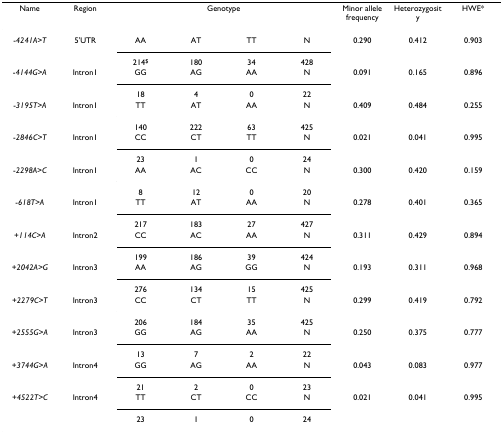
<table><thead><tr><td><b>Name</b></td><td><b>Region</b></td><td colspan="4"><b>Genotype</b></td><td><b>Minor allele frequency</b></td><td><b>Heterozygosity</b></td><td><b>HWE*</b></td></tr></thead><tbody><tr><td>-<i>4241A&gt;T</i></td><td>5&#x27;UTR</td><td>AA</td><td>AT</td><td>TT</td><td>N</td><td>0.290</td><td>0.412</td><td>0.903</td></tr><tr><td></td><td></td><td>214<sup>$</sup></td><td>180</td><td>34</td><td>428</td><td></td><td></td><td></td></tr><tr><td>-<i>4144G&gt;A</i></td><td>Intron1</td><td>GG</td><td>AG</td><td>AA</td><td>N</td><td>0.091</td><td>0.165</td><td>0.896</td></tr><tr><td></td><td></td><td>18</td><td>4</td><td>0</td><td>22</td><td></td><td></td><td></td></tr><tr><td>-<i>3195T&gt;A</i></td><td>Intron1</td><td>TT</td><td>AT</td><td>AA</td><td>N</td><td>0.409</td><td>0.484</td><td>0.255</td></tr><tr><td></td><td></td><td>140</td><td>222</td><td>63</td><td>425</td><td></td><td></td><td></td></tr><tr><td>-<i>2846C&gt;T</i></td><td>Intron1</td><td>CC</td><td>CT</td><td>TT</td><td>N</td><td>0.021</td><td>0.041</td><td>0.995</td></tr><tr><td></td><td></td><td>23</td><td>1</td><td>0</td><td>24</td><td></td><td></td><td></td></tr><tr><td>-<i>2298A&gt;C</i></td><td>Intron1</td><td>AA</td><td>AC</td><td>CC</td><td>N</td><td>0.300</td><td>0.420</td><td>0.159</td></tr><tr><td></td><td></td><td>8</td><td>12</td><td>0</td><td>20</td><td></td><td></td><td></td></tr><tr><td>-<i>618T&gt;A</i></td><td>Intron1</td><td>TT</td><td>AT</td><td>AA</td><td>N</td><td>0.278</td><td>0.401</td><td>0.365</td></tr><tr><td></td><td></td><td>217</td><td>183</td><td>27</td><td>427</td><td></td><td></td><td></td></tr><tr><td>+<i>114C&gt;A</i></td><td>Intron2</td><td>CC</td><td>AC</td><td>AA</td><td>N</td><td>0.311</td><td>0.429</td><td>0.894</td></tr><tr><td></td><td></td><td>199</td><td>186</td><td>39</td><td>424</td><td></td><td></td><td></td></tr><tr><td>+<i>2042A&gt;G</i></td><td>Intron3</td><td>AA</td><td>AG</td><td>GG</td><td>N</td><td>0.193</td><td>0.311</td><td>0.968</td></tr><tr><td></td><td></td><td>276</td><td>134</td><td>15</td><td>425</td><td></td><td></td><td></td></tr><tr><td>+<i>2279C&gt;T</i></td><td>Intron3</td><td>CC</td><td>CT</td><td>TT</td><td>N</td><td>0.299</td><td>0.419</td><td>0.792</td></tr><tr><td></td><td></td><td>206</td><td>184</td><td>35</td><td>425</td><td></td><td></td><td></td></tr><tr><td>+<i>2555G&gt;A</i></td><td>Intron3</td><td>GG</td><td>AG</td><td>AA</td><td>N</td><td>0.250</td><td>0.375</td><td>0.777</td></tr><tr><td></td><td></td><td>13</td><td>7</td><td>2</td><td>22</td><td></td><td></td><td></td></tr><tr><td>+<i>3744G&gt;A</i></td><td>Intron4</td><td>GG</td><td>AG</td><td>AA</td><td>N</td><td>0.043</td><td>0.083</td><td>0.977</td></tr><tr><td></td><td></td><td>21</td><td>2</td><td>0</td><td>23</td><td></td><td></td><td></td></tr><tr><td>+<i>4522T&gt;C</i></td><td>Intron4</td><td>TT</td><td>CT</td><td>CC</td><td>N</td><td>0.021</td><td>0.041</td><td>0.995</td></tr><tr><td></td><td></td><td>23</td><td>1</td><td>0</td><td>24</td><td></td><td></td><td></td></tr></tbody></table>